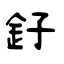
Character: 釨